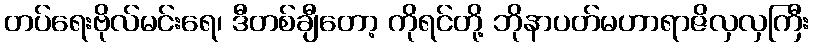
တပ်ရေးဗိုလ်မင်းရေ၊ ဒီတစ်ချီတော့ ကိုရင်တို့ ဘိုနာပတ်မဟာရာဇိလှလှကြီး